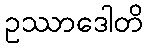
ဥဿာဒေါတိ